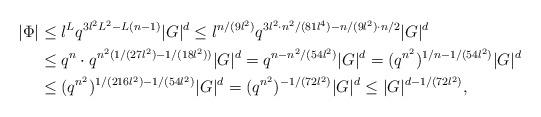
LaTeX: \begin{align*}|\Phi| &\leq l^Lq^{3l^2L^2-L(n-1)}|G|^d \leq l^{n/(9l^2)}q^{3l^2\cdot n^2/(81l^4)-n/(9l^2)\cdot n/2}|G|^d \\&\leq q^n\cdot q^{n^2(1/(27l^2)-1/(18l^2))}|G|^d = q^{n-n^2/(54l^2)}|G|^d = (q^{n^2})^{1/n-1/(54l^2)}|G|^d \\&\leq (q^{n^2})^{1/(216l^2)-1/(54l^2)}|G|^d = (q^{n^2})^{-1/(72l^2)}|G|^d \leq |G|^{d-1/(72l^2)},\end{align*}